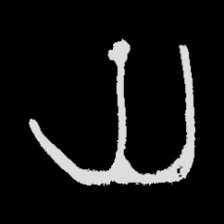
Pyu character \u2014 Myanmar letter: ယ (romanized: ya)